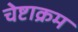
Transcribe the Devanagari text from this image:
चेष्टाक्रम